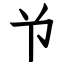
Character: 兯